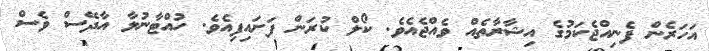
އަހަރެން ފެނިއްޖެކަމުގެ އިޝާރާތެއް ވެއްޖެއެވެ. ކޯލް ކުރަން ފަށައިފިއެވެ. ހުއްޓާނުލާ އާދޭސް ވެސް